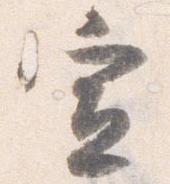
宣